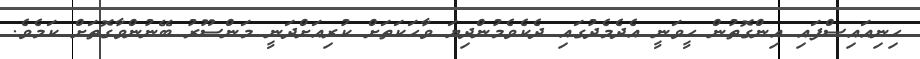
ހިނިއައިސްފައި އިންގޮތުން ހީވަނީ އެދެމެދުގައި ދެކެވެމުންދިޔަ ވާހަކަތަށް ކުރިއަށްދަނީ މަންސޫރު ބޭނުންވާގޮތަށް ކަމެވެ.